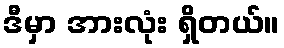
ဒီမှာ အားလုံး ရှိတယ်။